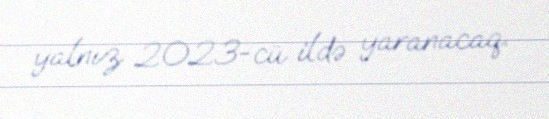
yalnız 2023-cü ildə yaranacaq.